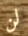
لن